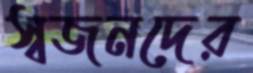
স্বজনদের